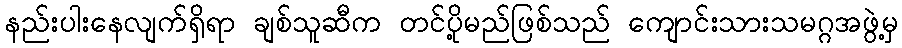
နည်းပါးနေလျက်ရှိရာ ချစ်သူဆီက တင်ပို့မည်ဖြစ်သည် ကျောင်းသားသမဂ္ဂအဖွဲ့မှ